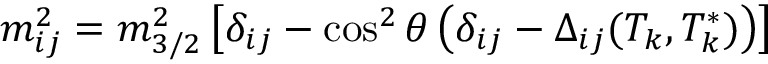
m _ { i j } ^ { 2 } = m _ { 3 / 2 } ^ { 2 } \left[ \delta _ { i j } - \cos ^ { 2 } \theta \left( \delta _ { i j } - \Delta _ { i j } ( T _ { k } , T _ { k } ^ { * } ) \right) \right]